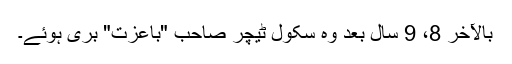
بالآخر 8، 9 سال بعد وہ سکول ٹیچر صاحب "باعزت" بری ہوئے۔